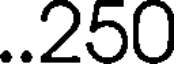
..250